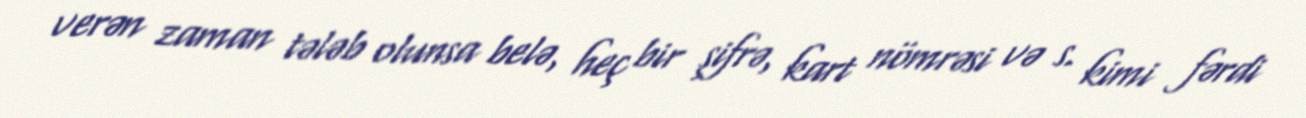
verən zaman tələb olunsa belə, heç bir şifrə, kart nömrəsi və s. kimi fərdi